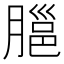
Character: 𦞡